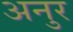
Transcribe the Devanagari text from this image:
अनुर